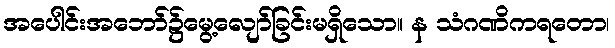
အပေါင်းအဘော်၌မွေ့လျော်ခြင်းမရှိသော။ န သံဂဏိကရတော၊